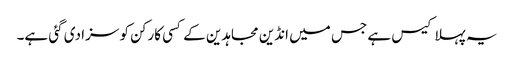
یہ پہلا کیس ہے جس میں انڈین مجاہدین کے کسی کارکن کو سزا دی گئی ہے۔